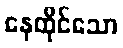
နေထိုင်သော